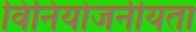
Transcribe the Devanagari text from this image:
विनियोजनीयता